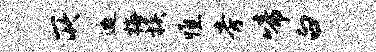
所邀梅族憔旁啼白